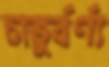
চাতুর্বর্ণ্য